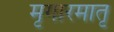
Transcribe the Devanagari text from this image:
मृगारमातृ